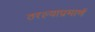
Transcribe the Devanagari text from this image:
ठरल्याप्रमाणें